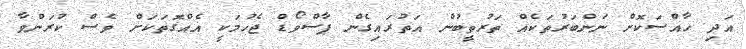
އަދި ހާއްސަކޮށް ނަންބަރުތަކެއް ތަރުތީބުން އަތުރައިގެން ޕާސްވޯޑް ޖެހުމަކީ އެއްގޮތަކަށް ވެސް ކުރަންވާ